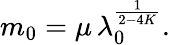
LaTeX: m_{0}=\mu\, \lambda_{0}^{\frac{1}{2-4K}}.